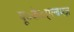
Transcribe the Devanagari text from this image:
यू॰के॰एल्बमज़